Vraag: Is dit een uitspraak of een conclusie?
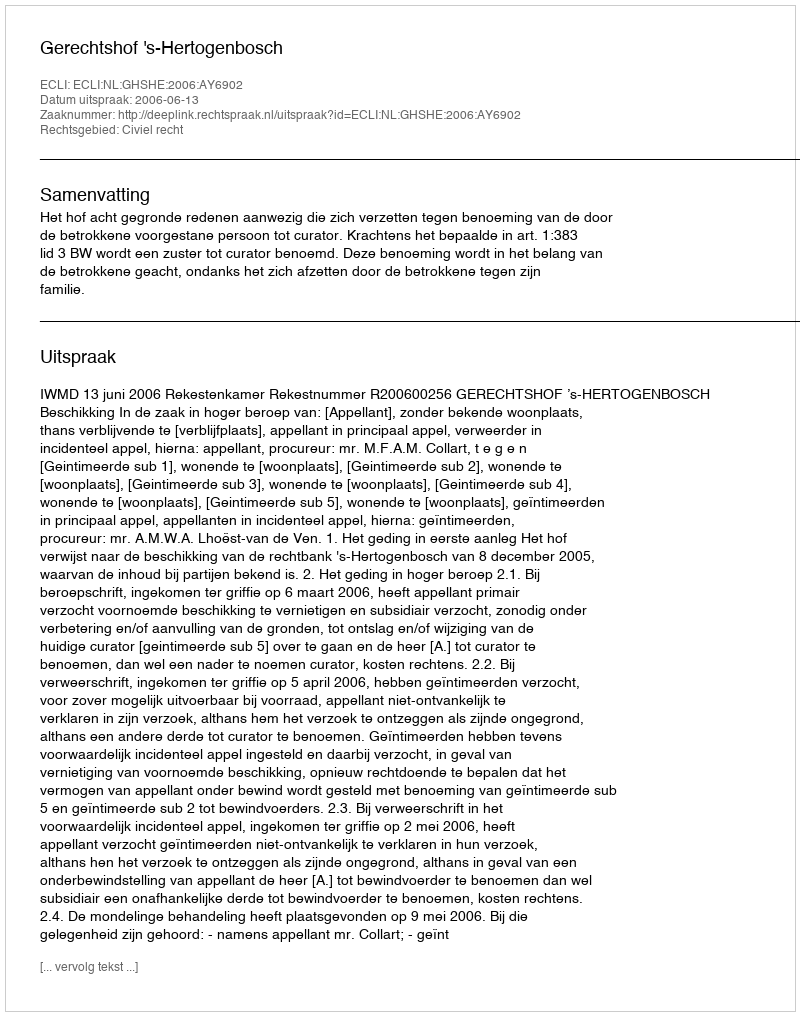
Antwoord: Uitspraak